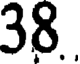
38.